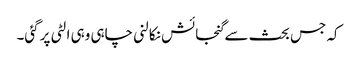
کہ جس بحث سےگنجائش نکالنی چاہی وہی الٹی پرگئی۔